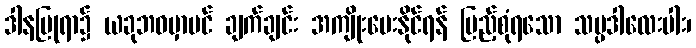
ဒါနပြုရာ၌ ယခုဘဝမှာပင် ချက်ချင်း အကျိုးပေးနိုင်ရန် ပြည့်စုံရသော သမ္ပဒါလေးပါး၊